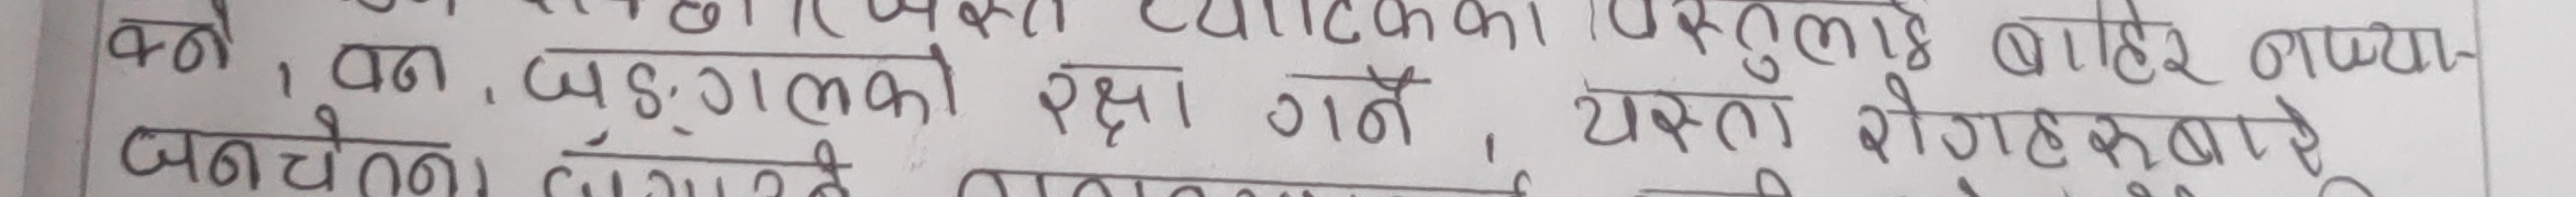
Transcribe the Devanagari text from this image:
वन, वन (मृगको) रक्षा गर्ने, यस्तै तुरुन्तै बाहिर लगाय-
जनावरले बुझाएले गराए, यस्तै